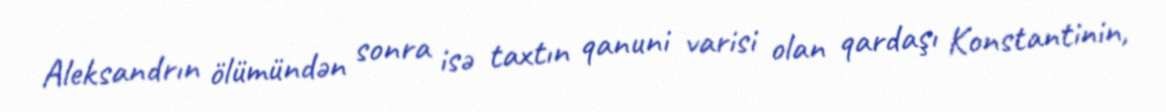
Aleksandrın ölümündən sonra isə taxtın qanuni varisi olan qardaşı Konstantinin,